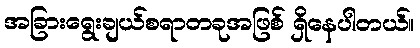
အခြားရွေးချယ်စရာတခုအဖြစ် ရှိနေပါတယ်။